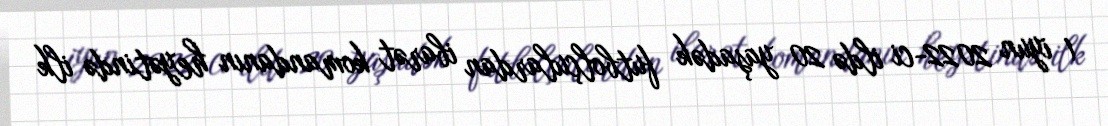
1 iyun 2022-ci ildə 20 yaşadək futbolçulardan ibarət komandanın heyətində ilk